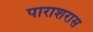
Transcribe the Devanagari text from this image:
पाराशरास